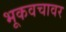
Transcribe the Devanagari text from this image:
भूकवचावर